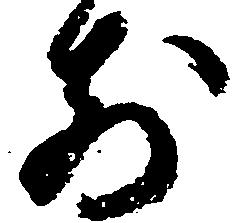
前